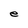
Character: e